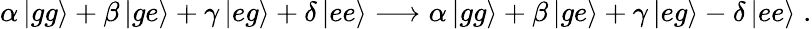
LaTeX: \alpha\left|gg\right\rangle+\beta\left|ge\right\rangle+\gamma\left|eg\right\rangle+\delta\left|ee\right\rangle\longrightarrow\alpha\left|gg\right\rangle+\beta\left|ge\right\rangle+\gamma\left|eg\right\rangle-\delta\left|ee\right\rangle\; .